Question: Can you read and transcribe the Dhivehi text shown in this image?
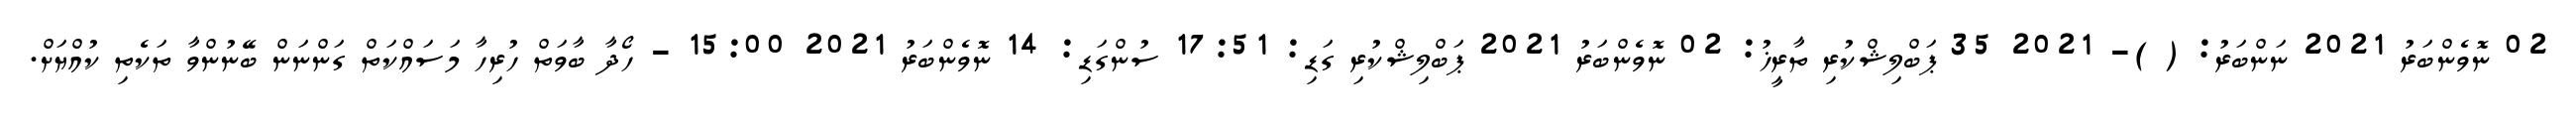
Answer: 02 ނޮވެންބަރު 2021 ނަންބަރު: ( )- 2021 35 ޕަބްލިޝްކުރި ތާރީޚު: 02 ނޮވެންބަރު 2021 ޕަބްލިޝްކުރި ގަޑި: 17:51 ސުންގަޑި: 14 ނޮވެންބަރު 2021 15:00 - ހޯދާ ބާވަތް ހުރިހާ މަސައްކަތް ގަންނަން ބޭނުންވާ ތަކެތި ކުއްޔަށް.